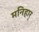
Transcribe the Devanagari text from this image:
मनिहार्